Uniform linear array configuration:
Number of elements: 24
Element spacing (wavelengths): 0.75
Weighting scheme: cosine
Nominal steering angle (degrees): -15
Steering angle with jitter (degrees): -16.463
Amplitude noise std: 0.05
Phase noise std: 0.05

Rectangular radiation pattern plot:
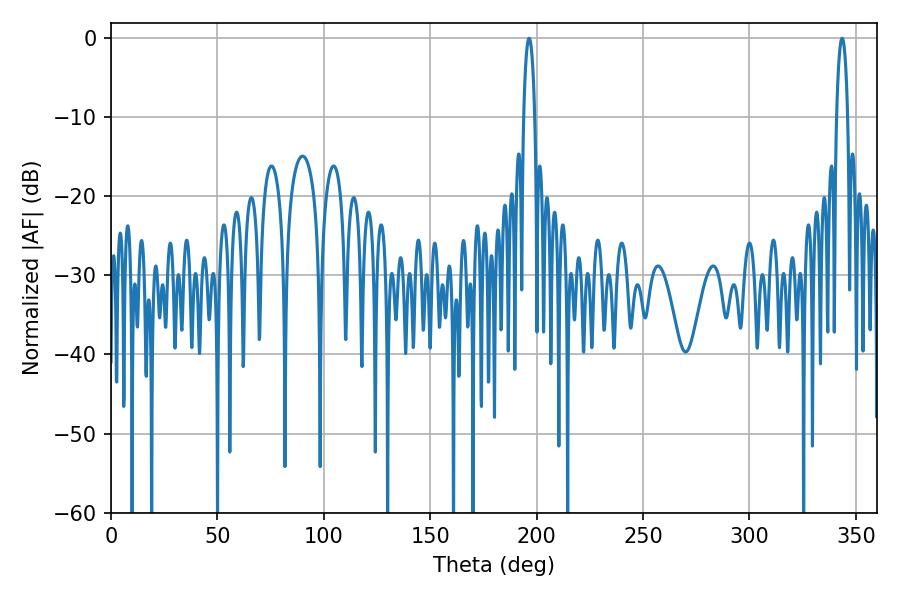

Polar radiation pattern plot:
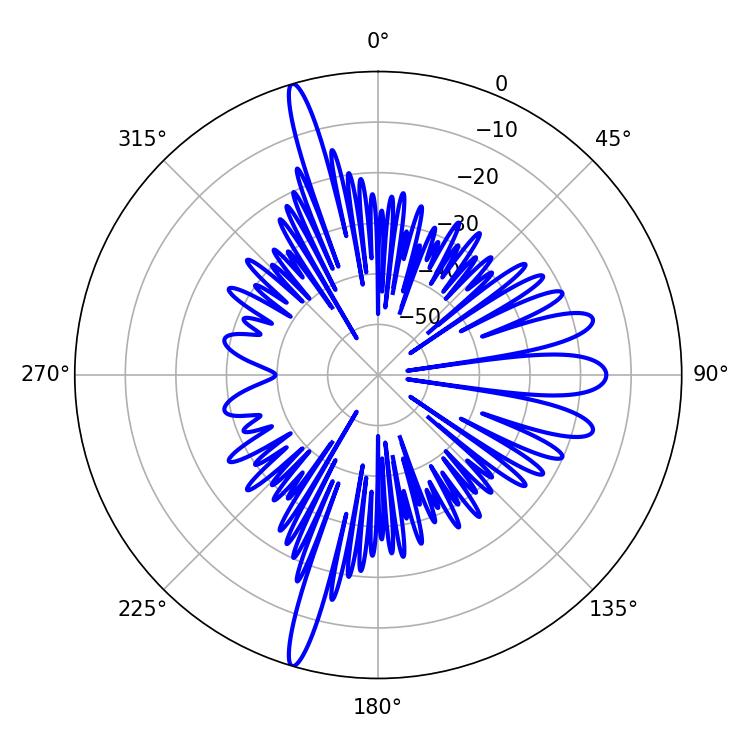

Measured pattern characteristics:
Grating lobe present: TRUE
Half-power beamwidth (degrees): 3.06
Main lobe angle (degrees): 196.38